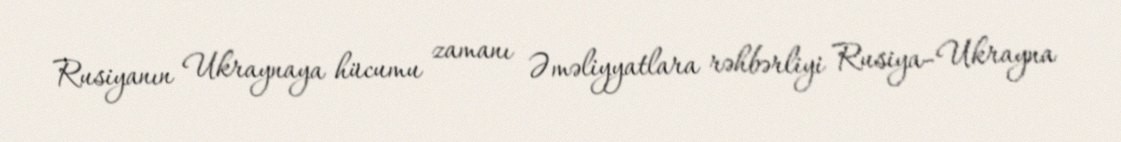
Rusiyanın Ukraynaya hücumu zamanı Əməliyyatlara rəhbərliyi Rusiya–Ukrayna